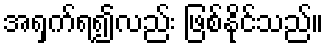
အရှက်ရ၍လည်း ဖြစ်နိုင်သည်။